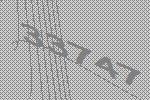
33747